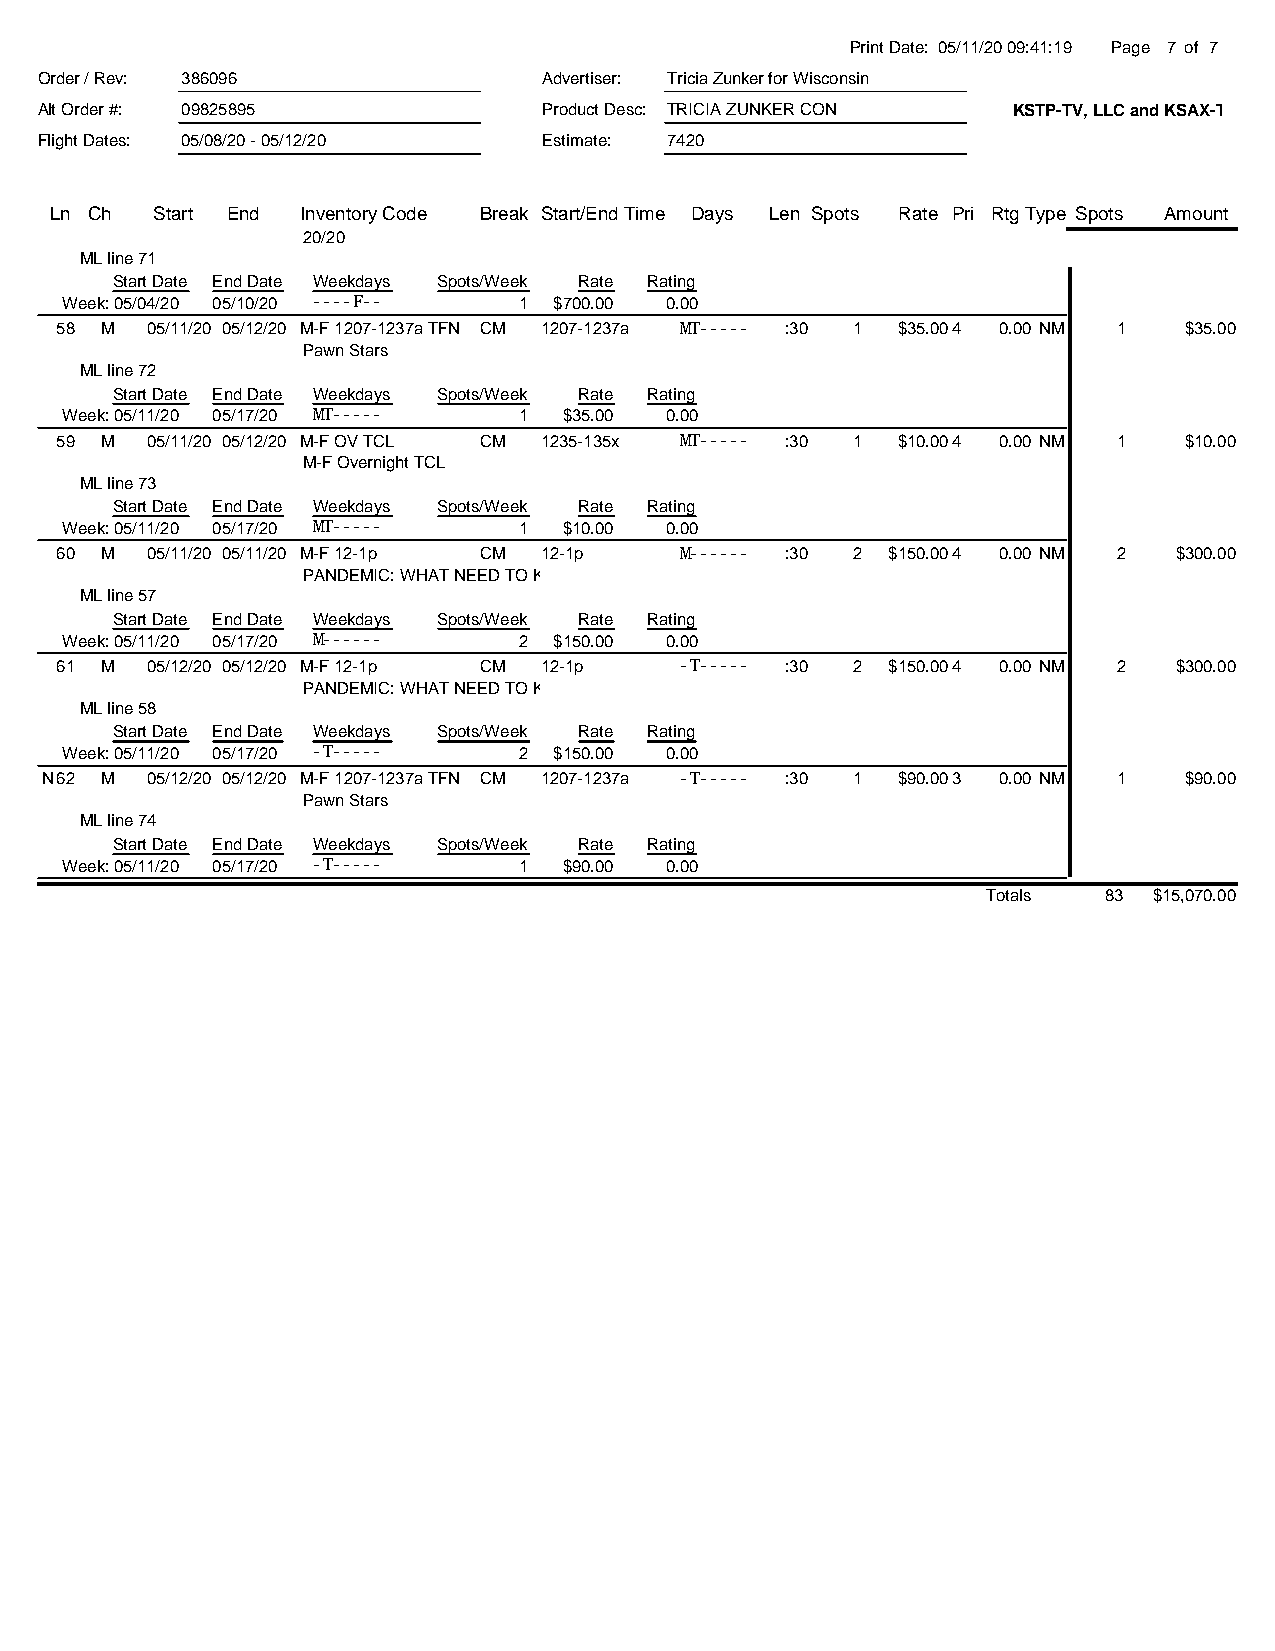
Print Date: 05/11/20 09:41:19 Page 7 of 7
 Order / Rev: 386096               Advertiser: Tricia Zunker for Wisconsin
 Alt Order #: 09825895             Product Desc: TRICIA ZUNKER CON KSTP-TV, LLC and KSAX-TV, LLC
 Flight Dates: 05/08/20 - 05/12/20 Estimate: 7420
 Ln Ch  Start End Inventory Code Break Start/End Time Days Len Spots Rate Pri RtgType Spots Amount
 20/20
 ML line 71
 Start Date End Date Weekdays Spots/Week Rate Rating
 Week: 05/04/20 05/10/20 ----F-- 1 $700.00 0.00
 58 M  05/11/20 05/12/20 M-F 1207-1237a TFN CM 1207-1237a MT----- :30 1 $35.004 0.00 NM 1 $35.00
 Pawn Stars
 ML line 72
 Start Date End Date Weekdays Spots/Week Rate Rating
 Week: 05/11/20 05/17/20 MT----- 1 $35.00 0.00
 59 M  05/11/20 05/12/20 M-F OV TCL CM 1235-135x MT----- :30 1 $10.004 0.00 NM 1 $10.00
 M-F Overnight TCL
 ML line 73
 Start Date End Date Weekdays Spots/Week Rate Rating
 Week: 05/11/20 05/17/20 MT----- 1 $10.00 0.00
 60 M  05/11/20 05/11/20 M-F 12-1p CM 12-1p M------ :30 2 $150.004 0.00 NM 2 $300.00
 PANDEMIC: WHAT NEED TO KN
 ML line 57
 Start Date End Date Weekdays Spots/Week Rate Rating
 Week: 05/11/20 05/17/20 M------ 2 $150.00 0.00
 61 M  05/12/20 05/12/20 M-F 12-1p CM 12-1p -T----- :30 2 $150.004 0.00 NM 2 $300.00
 PANDEMIC: WHAT NEED TO KN
 ML line 58
 Start Date End Date Weekdays Spots/Week Rate Rating
 Week: 05/11/20 05/17/20 -T----- 2 $150.00 0.00
 N62 M  05/12/20 05/12/20 M-F 1207-1237a TFN CM 1207-1237a -T----- :30 1 $90.003 0.00 NM 1 $90.00
 Pawn Stars
 ML line 74
 Start Date End Date Weekdays Spots/Week Rate Rating
 Week: 05/11/20 05/17/20 -T----- 1 $90.00 0.00
 Totals  83 $15,070.00